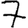
Digit: 7